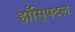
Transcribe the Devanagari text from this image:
हाँसि्पटल